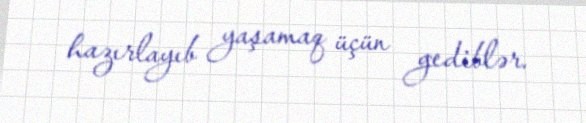
hazırlayıb yaşamaq üçün gediblər.